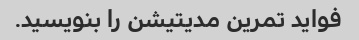
فواید تمرین مدیتیشن را بنویسید.